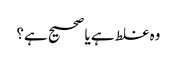
وہ غلط ہے یا صحیح ہے؟